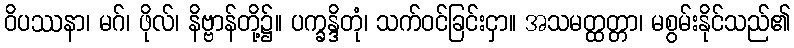
ဝိပဿနာ၊ မဂ်၊ ဖိုလ်၊ နိဗ္ဗာန်တို့၌။ ပက္ခန္ဒိတုံ၊ သက်ဝင်ခြင်းငှာ။ အသမတ္ထတ္တာ၊ မစွမ်းနိုင်သည်၏